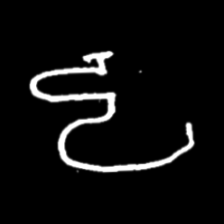
Pyu character \u2014 Myanmar letter: ဠ (romanized: lla)